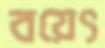
বয়েৎ